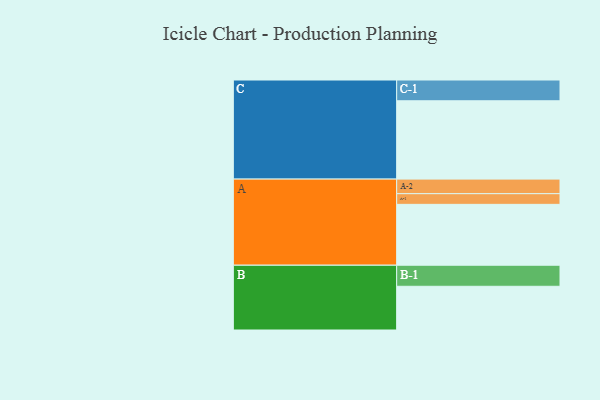
{"axis": {"x": "Segment", "y": "Value"}, "legend": ["", "A", "B", "C"], "data": [{"x": "A", "y": 422, "type": ""}, {"x": "B", "y": 303, "type": ""}, {"x": "C", "y": 543, "type": ""}, {"x": "A-1", "y": 74, "type": "A"}, {"x": "A-2", "y": 101, "type": "A"}, {"x": "B-1", "y": 146, "type": "B"}, {"x": "C-1", "y": 144, "type": "C"}]}